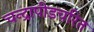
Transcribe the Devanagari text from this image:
चन्द्रापीडचरित